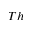
_ { T h }